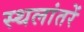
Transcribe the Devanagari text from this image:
स्थलांतरें